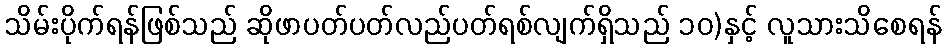
သိမ်းပိုက်ရန်ဖြစ်သည် ဆိုဖာပတ်ပတ်လည်ပတ်ရစ်လျက်ရှိသည် ၁၀)နှင့် လူသားသိစေရန်